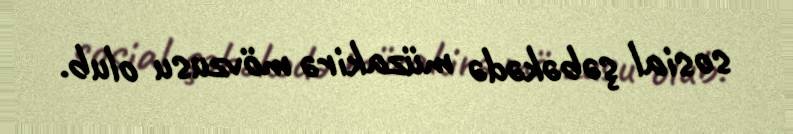
sosial şəbəkədə müzakirə mövzusu olub.